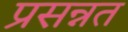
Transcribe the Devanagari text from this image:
प्रसन्नत